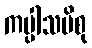
ကပ္ပါသပိစု